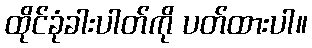
ထိုင်ခုံခါးပါတ်ကို ပတ်ထားပါ။